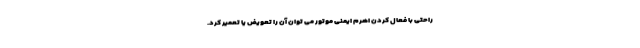
راحتی با فعال کردن اهرم ایمنی موتور می توان آن را تعویض یا تعمیر کرد.